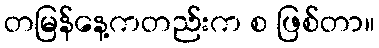
တမြန်နေ့ကတည်းက စ ဖြစ်တာ။